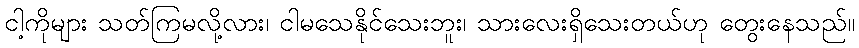
ငါ့ကိုများ သတ်ကြမလို့လား၊ ငါမသေနိုင်သေးဘူး၊ သားလေးရှိသေးတယ်ဟု တွေးနေသည်။